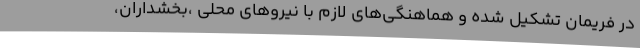
در فریمان تشکیل شده و هماهنگی‌های لازم با نیروهای محلی ،بخشداران،